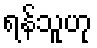
ရန်သူဟု